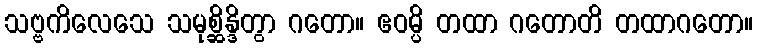
သဗ္ဗကိလေသေ သမုစ္ဆိန္ဒိတွာ ဂတော။ ဧဝမ္ပိ တထာ ဂတောတိ တထာဂတော။